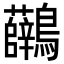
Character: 𪈟